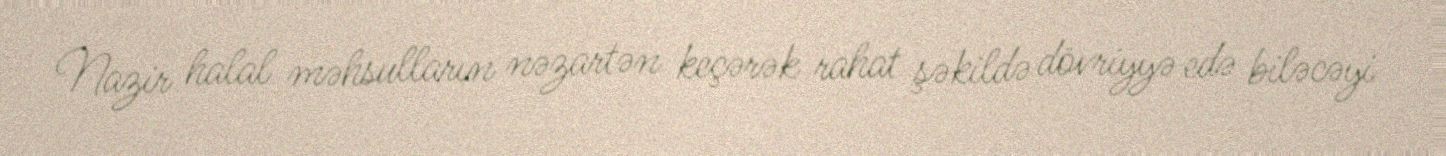
Nazir halal məhsulların nəzartən keçərək rahat şəkildə dövriyyə edə biləcəyi